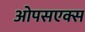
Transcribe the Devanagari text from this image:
ओपसएक्स